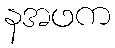
နအဖက